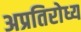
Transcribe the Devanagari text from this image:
अप्रतिरोध्य